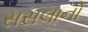
સસલાનો